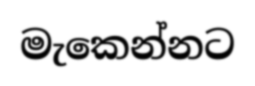
මැකෙන්නට